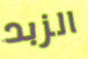
الزبد